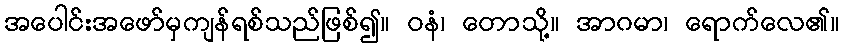
အပေါင်းအဖော်မှကျန်ရစ်သည်ဖြစ်၍။ ဝနံ၊ တောသို့။ အာဂမာ၊ ရောက်လေ၏။